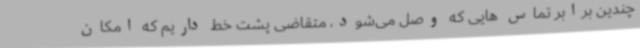
چندین برابر تماس هایی که وصل می‌شود، متقاضی پشت خط داریم که امکان